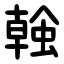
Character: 螒